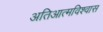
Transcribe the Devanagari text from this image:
अतिआत्मविश्वास